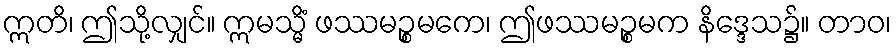
ဣတိ၊ ဤသို့လျှင်။ ဣမသ္မိံ ဖဿမဉ္စမကေ၊ ဤဖဿမဉ္စမက နိဒ္ဒေသ၌။ တာဝ၊